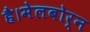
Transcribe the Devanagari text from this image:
है।मेलबोर्न